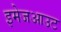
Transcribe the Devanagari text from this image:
इमेजआउट